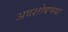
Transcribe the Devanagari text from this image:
अवशोषणया